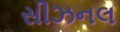
સીઝનલ